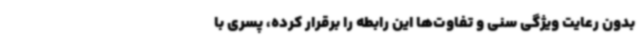
بدون رعایت ویژگی سنی و تفاوت‌ها این رابطه را برقرار کرده، پسری با